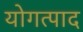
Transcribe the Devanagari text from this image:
योगत्पाद